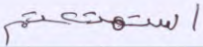
استمتعتم